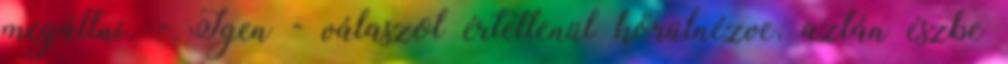
megállni. - Igen - válaszol értetlenül körülnézve, aztán észbe